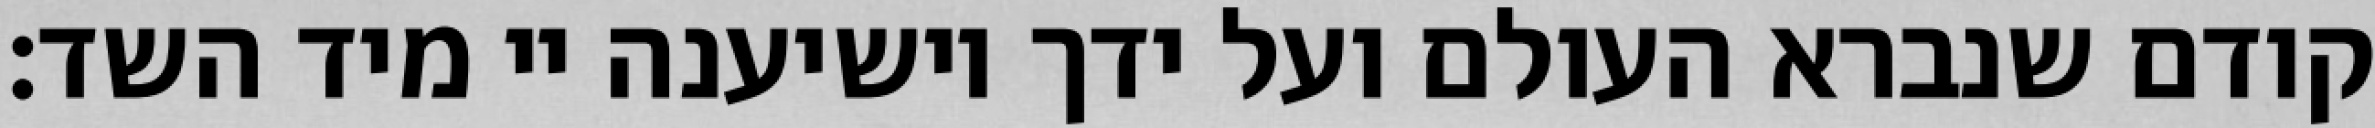
קודם שנברא העולם ועל ידך יושיענה יי מיד השד: